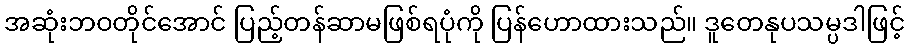
အဆုံးဘဝတိုင်အောင် ပြည့်တန်ဆာမဖြစ်ရပုံကို ပြန်ဟောထားသည်။ ဒူတေနုပသမ္ပဒါဖြင့်